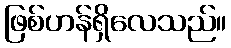
ဖြစ်ဟန်ရှိလေသည်။